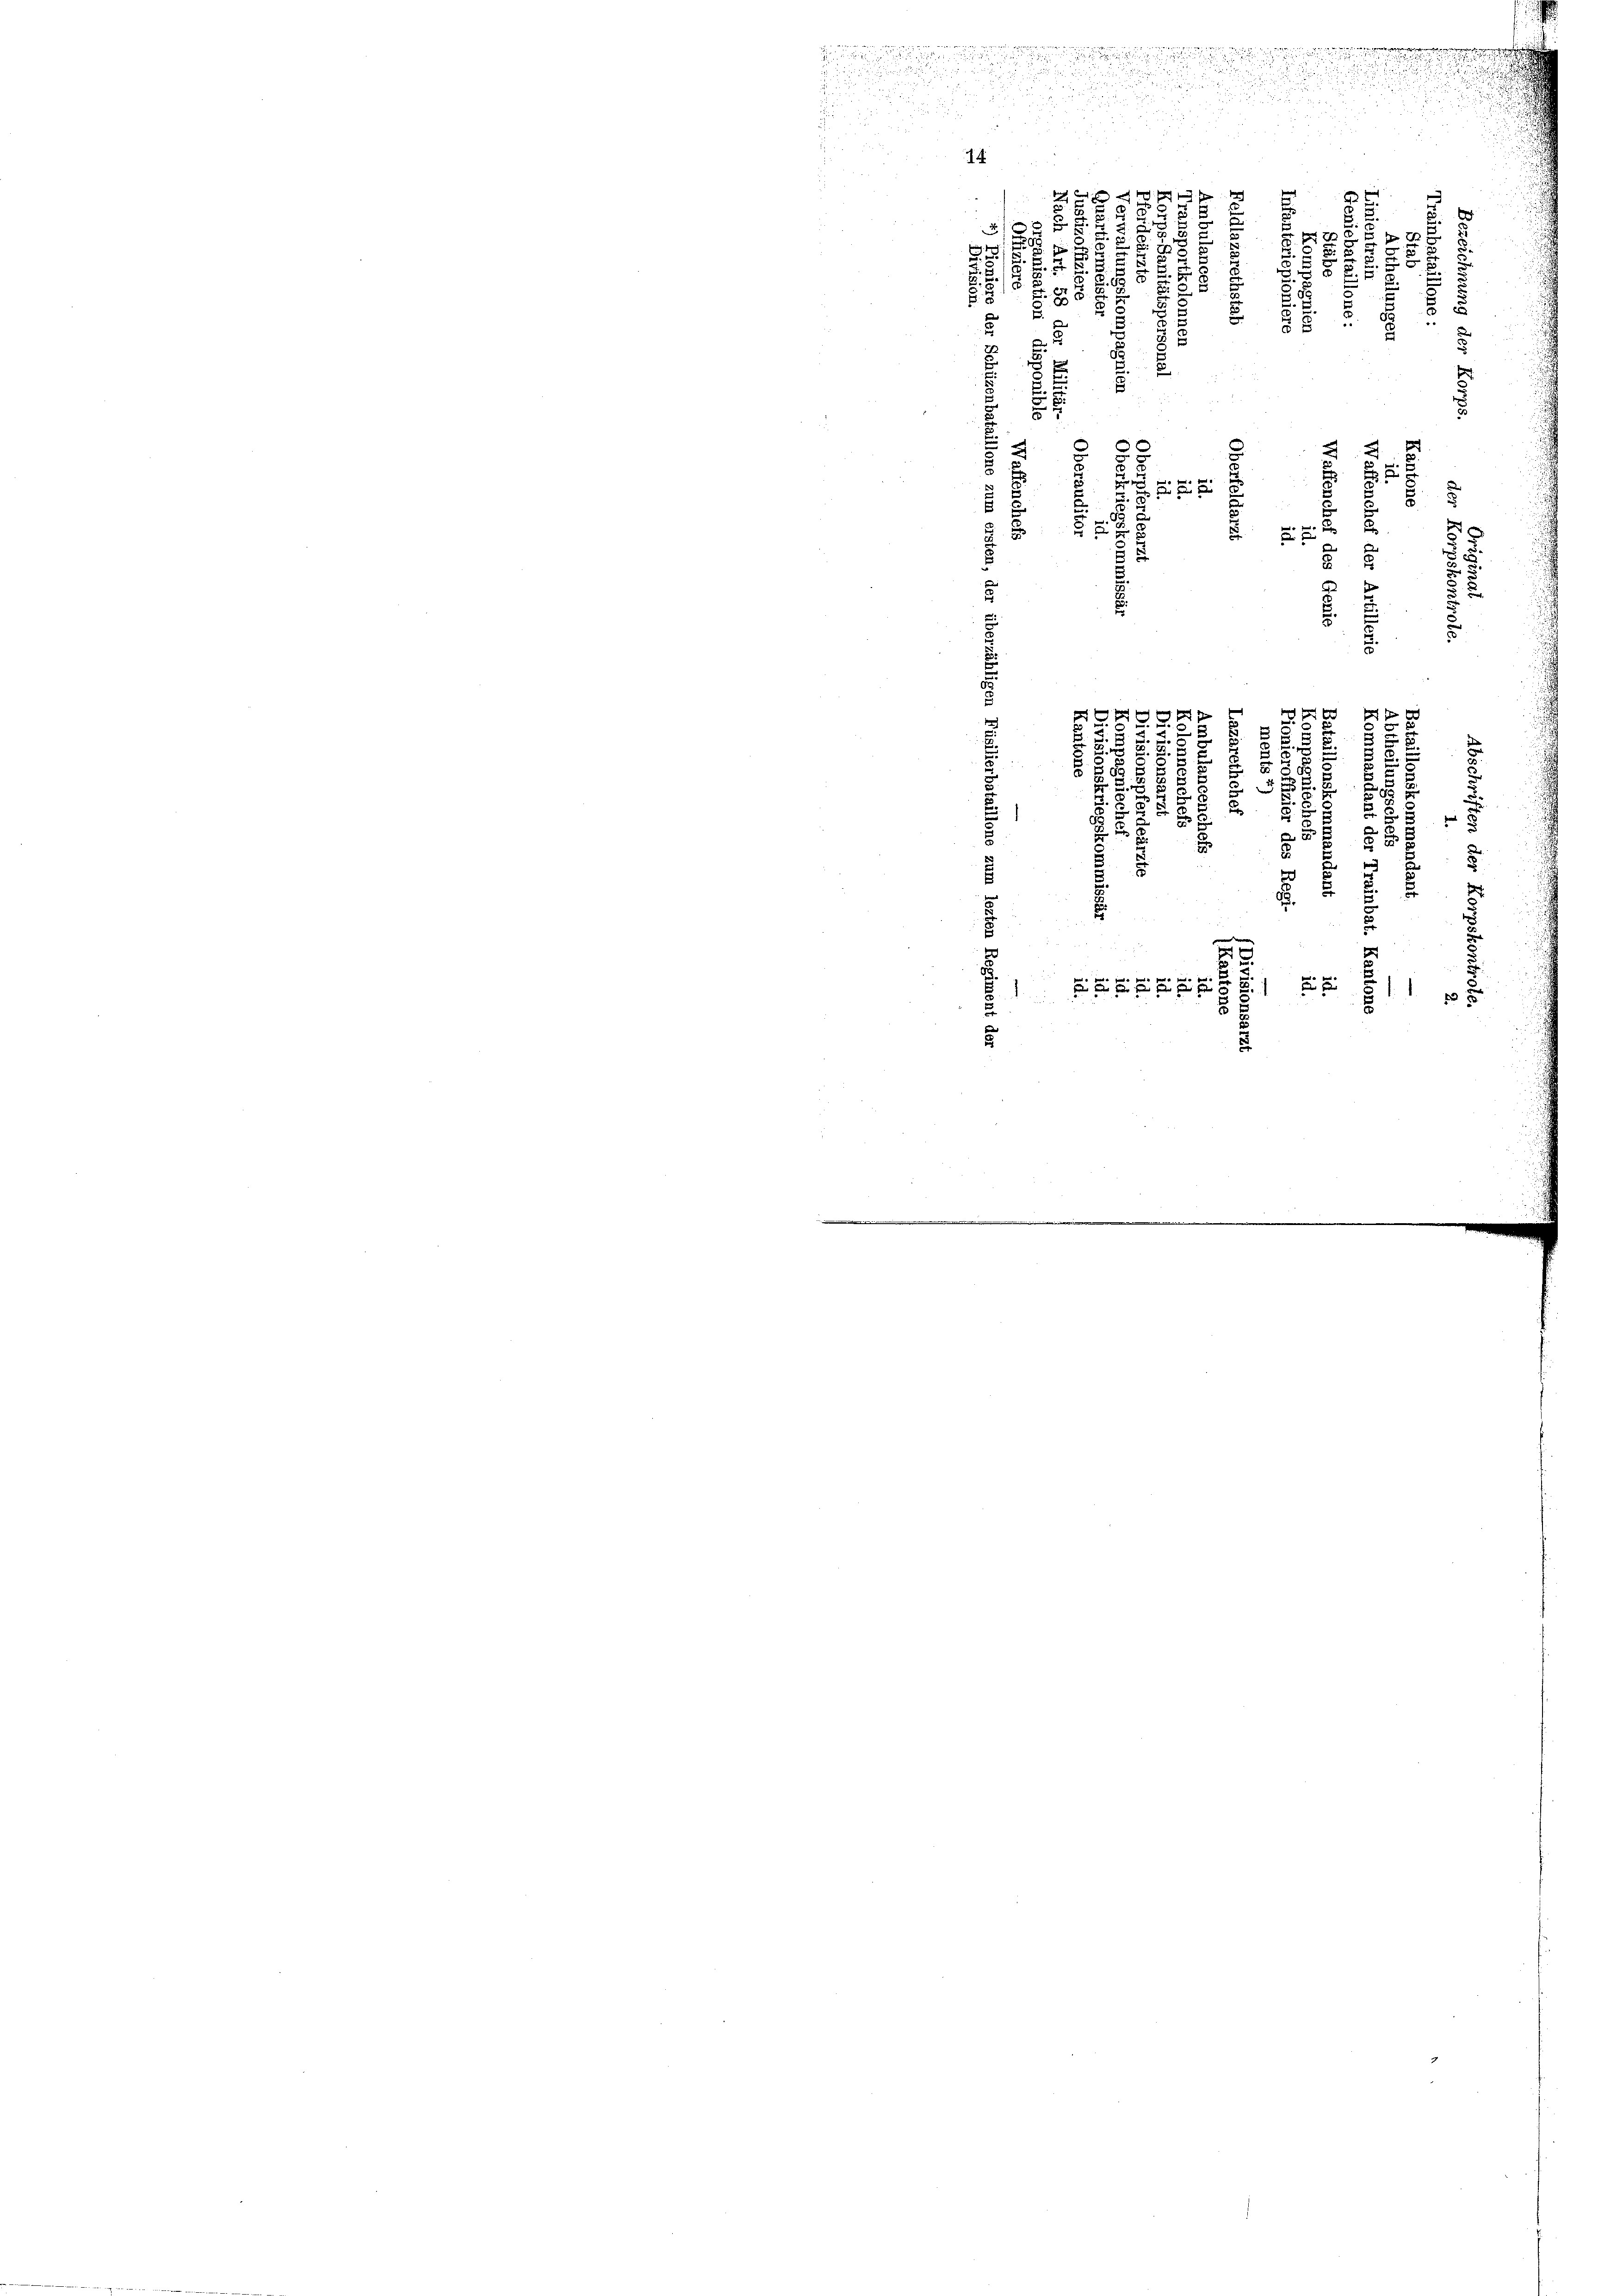
we
.

d
 u
n ir
wing un

1

2
u
     2

d
.
n
14.
s
 1 f 4 x
2 x

i
b
2
 x
i
 20 x
 2
8
.1
F 8
2
E
25
A 3.

5
 0 x
.
§ 5
.

5

3
a

u

E
e
2

.
u
8
s
 xx

u
ge

d
.
3.
d
s
 f xxx
1
r

u

8
.
u
u
d
8. 8.
u
.
5
E
.
c

e

3
2
3
2
5
¬
8
.
u
h
81
 f 5
5
u

5